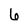
Character: 6